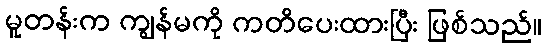
မူတန်းက ကျွန်မကို ကတိပေးထားပြီး ဖြစ်သည်။